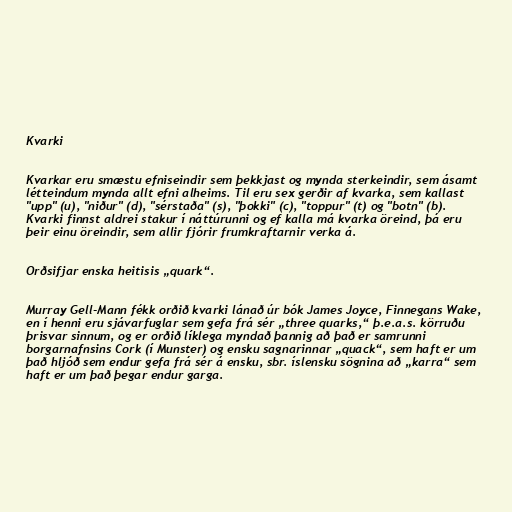
Kvarki

Kvarkar eru smæstu efniseindir sem þekkjast og mynda sterkeindir, sem ásamt
létteindum mynda allt efni alheims. Til eru sex gerðir af kvarka, sem kallast
"upp" (u), "niður" (d), "sérstaða" (s), "þokki" (c), "toppur" (t) og "botn" (b).
Kvarki finnst aldrei stakur í náttúrunni og ef kalla má kvarka öreind, þá eru
þeir einu öreindir, sem allir fjórir frumkraftarnir verka á.

Orðsifjar enska heitisis „quark“.

Murray Gell-Mann fékk orðið kvarki lánað úr bók James Joyce, Finnegans Wake,
en í henni eru sjávarfuglar sem gefa frá sér „three quarks,“ þ.e.a.s. körruðu
þrisvar sinnum, og er orðið líklega myndað þannig að það er samrunni
borgarnafnsins Cork (í Munster) og ensku sagnarinnar „quack“, sem haft er um
það hljóð sem endur gefa frá sér á ensku, sbr. íslensku sögnina að „karra“ sem
haft er um það þegar endur garga.